Insane asylums in Bengal annual reports 1876-1887 - 1876-1887
Year: 1876
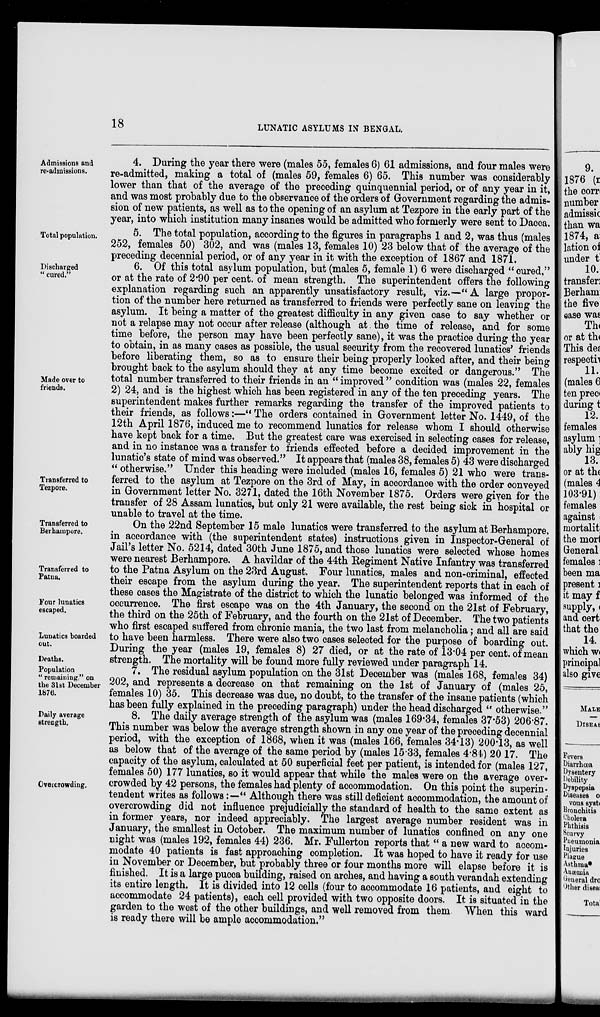
18
LUNATIC ASYLUMS IN BENGAL.
Admissions and
re-admissions.
4. During the year there were (males 55, females 6) 61 admissions, and four males were
re-admitted, making a total of (males 59, females 6) 65. This number was considerably
lower than that of the average of the preceding quinquennial period, or of any year in it,
and was most probably due to the observance of the orders of Government regarding the admis-
sion of new patients, as well as to the opening of an asylum at Tezpore in the early part of the
year, into which institution many insanes would be admitted who formerly were sent to Dacca.
Total population.
5. The total population, according to the figures in paragraphs 1 and 2, was thus (males
252, females 50) 302, and was (males 13, females 10) 23 below that of the average of the
preceding decennial period, or of any year in it with the exception of 1867 and 1871.
Discharged
“ cured.”
Made over to
friends.
Transferred to
Tezpore.
6. Of this total asylum population, but (males 5, female 1) 6 were discharged “cured,”
or at the rate of 2.90 per cent. of mean strength. The superintendent offers the following
explanation regarding such an apparently unsatisfactory result, viz.—“A large propor-
tion of the number here returned as transferred to friends were perfectly sane on leaving the
asylum. It being a matter of the greatest difficulty in any given case to say whether or
not a relapse may not occur after release (although at the time of release, and for some
time before, the person may have been perfectly sane), it was the practice during the year
to obtain, in as many cases as possible, the usual security from the recovered lunatics’ friends
before liberating them, so as to ensure their being properly looked after, and their being
brought back to the asylum should they at any time become excited or dangerous.” The
total number transferred to their friends in an “ improved ” condition was (males 22, females
2) 24, and is the highest which has been registered in any of the ten preceding years. The
superintendent makes further remarks regarding the transfer of the improved patients to
their friends, as follows:—“ The orders contained in Government letter No. 1449, of the
12th April 1876, induced me to recommend lunatics for release whom I should otherwise
have kept back for a time. But the greatest care was exercised in selecting cases for release,
and in no instance was a transfer to friends effected before a decided improvement in the
lunatic's state of mind was observed.” It appears that (males 38, females 5) 43 were discharged
“ otherwise.” Under this heading were included (males 16, females 5) 21 who were trans-
ferred to the asylum at Tezpore on the 3rd of May, in accordance with the order conveyed
in Government letter No. 3271, dated the 16th November 1875. Orders were given for the
transfer of 28 Assam lunatics, but only 21 were available, the rest being sick in hospital or
unable to travel at the time.
Transferred to
Berhampore.
Transferred to
Patna.
Four lunatics
escaped.
Lunatics boarded
out.
Deaths.
On the 22nd September 15 male lunatics were transferred to the asylum at Berhampore,
in accordance with (the superintendent states) instructions given in Inspector-General of
Jail's letter No. 5214, dated 30th June 1875, and those lunatics were selected whose homes
were nearest Berhampore. A havildar of the 44th Regiment Native Infantry was transferred
to the Patna Asylum on the 23rd August. Four lunatics, males and non-criminal, effected
their escape from the asylum during the year. The superintendent reports that in each of
these cases the Magistrate of the district to which the lunatic belonged was informed of the
occurrence. The first escape was on the 4th January, the second on the 21st of February,
the third on the 25th of February, and the fourth on the 21st of December. The two patients
who first escaped suffered from chronic mania, the two last from melancholia; and all are said
to have been harmless. There were also two cases selected for the purpose of boarding out.
During the year (males 19, females 8) 27 died, or at the rate of 13.04 per cent. of mean
strength. The mortality will be found more fully reviewed under paragraph 14.
Population
“ remaining.” on
the 31st December
1876.
7. The residual asylum population on the 31st December was (males 168, females 34)
202, and represents a decrease on that remaining on the 1st of January of (males 25,
females 10) 35. This decrease was due, no doubt, to the transfer of the insane patients (which
has been fully explained in the preceding paragraph) under the head discharged “ otherwise.”
Daily average
strength.
Overcrowding.
8. The daily average strength of the asylum was (males 169.34, females 37.53) 206.87.
This number was below the average strength shown in any one year of the preceding decennial
period, with the exception of 1868, when it was (males 166, females 34.13) 200.13, as well
as below that of the average of the same period by (males 15.33, females 4.84) 20 17. The
capacity of the asylum, calculated at 50 superficial feet per patient, is intended for (males 127,
females 50) 177 lunatics, so it would appear that while the males were on the average over-
crowded by 42 persons, the females had plenty of accommodation. On this point the superin-
tendent writes as follows:—“ Although there was still deficient accommodation, the amount of
overcrowding did not influence prejudicially the standard of health to the same extent as
in former years, nor indeed appreciably. The largest average number resident was in
January, the smallest in October. The maximum number of lunatics confined on any one
night was (males 192, females 44) 236. Mr. Fullerton reports that “ a new ward to accom-
modate 40 patients is fast approaching completion. It was hoped to have it ready for use
in November or December, but probably three or four months more will elapse before it is
finished. It is a large pucca building, raised on arches, and having a south verandah extending
its entire length. It is divided into 12 cells (four to accommodate 16 patients, and eight to
accommodate 24 patients), each cell provided with two opposite doors. It is situated in the
garden to the west of the other buildings, and well removed from them. When this ward
is ready there will be ample accommodation."